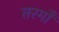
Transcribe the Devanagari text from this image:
तरगोँ